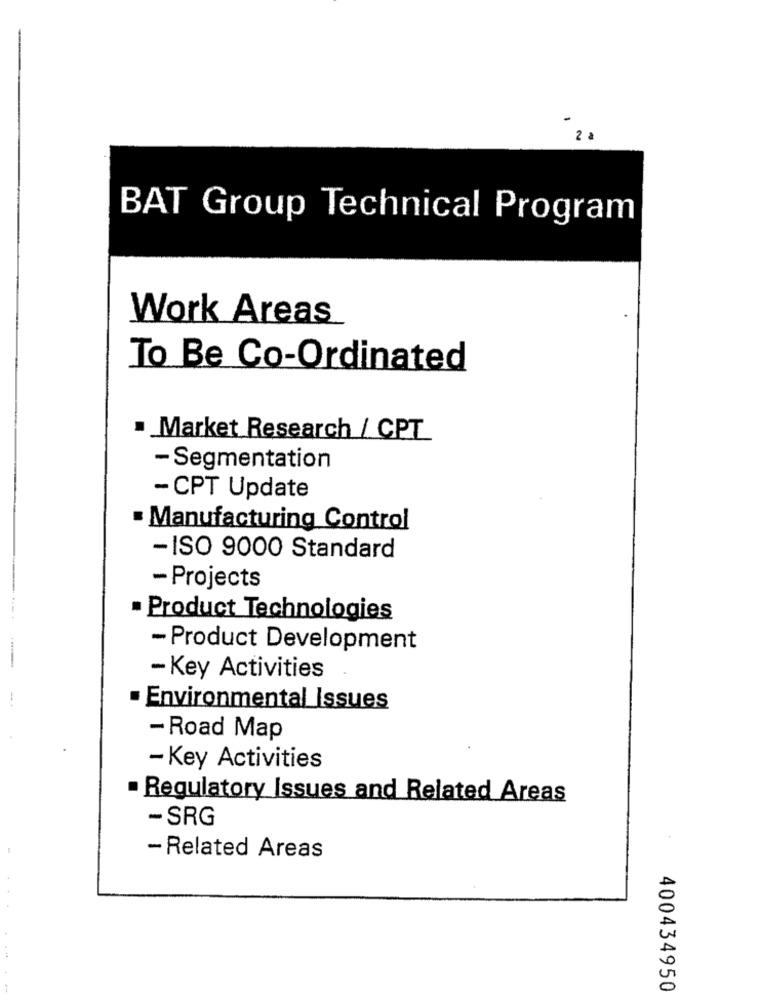
BAT Group Technical Program
Work Areas
To Be Co-Ordinated
. Market Research / CPT
- Segmentation
- CPT Update
· Manufacturing Control
-ISO 9000 Standard
- Projects
. Product Technologies
- Product Development
- Key Activities
Environmental Issues
- Road Map
- Key Activities
Regulatory Issues and Related Areas
- SRG
- Related Areas
400434950